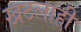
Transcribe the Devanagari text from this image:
खटलाही